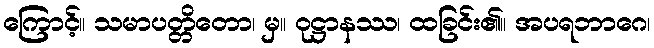
ကြောင့်။ သမာပတ္တိတော၊ မှ။ ဝုဋ္ဌာနဿ၊ ထခြင်း၏။ အပရဘာဂေ၊